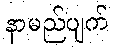
နာမည်ပျက်